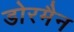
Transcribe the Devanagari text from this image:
डोरमैन